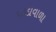
પડદાવાળા